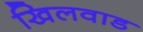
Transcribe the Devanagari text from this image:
खिलवाड